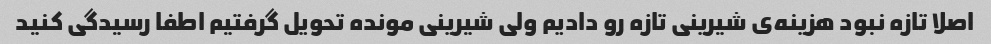
اصلا تازه نبود هزینه‌ی شیرینی تازه رو دادیم ولی شیرینی مونده تحویل گرفتیم اطفا رسیدگی کنید